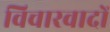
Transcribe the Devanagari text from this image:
विचारवादों